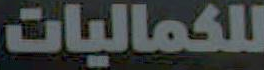
للكماليات